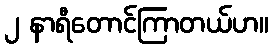
၂ နာရီတောင်ကြာတယ်ဟ။